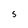
Character: s